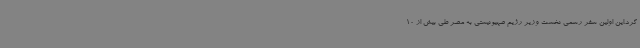
کرد.این اولین سفر رسمی نخست وزیر رژیم صهیونیستی به مصر طی بیش از 10